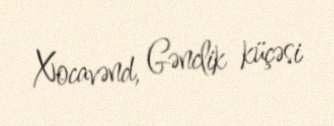
Xocavənd, Gənclik küçəsi